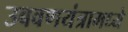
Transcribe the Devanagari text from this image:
उबवणयंत्रामध्ये